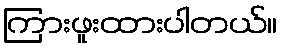
ကြားဖူးထားပါတယ်။